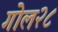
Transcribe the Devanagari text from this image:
गोल२८